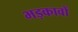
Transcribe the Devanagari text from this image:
भड़कावों